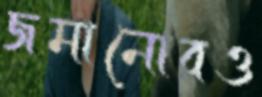
জমানোরও